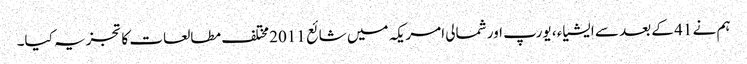
ہم نے 41 کے بعد سے ایشیاء ، یورپ اور شمالی امریکہ میں شائع 2011 مختلف مطالعات کا تجزیہ کیا۔